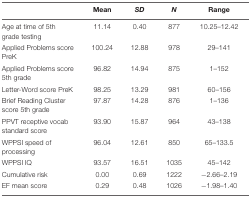
|  | Mean | SD | N | Range |
 | --- | --- | --- | --- | --- |
 | Age at time of 5th grade testing | 11.14 | 0.40 | 877 | 10.25–12.42 |
 | Applied Problems score PreK | 100.24 | 12.88 | 978 | 29–141 |
 | Applied Problems score 5th grade | 96.82 | 14.94 | 875 | 1–152 |
 | Letter-Word score PreK | 98.25 | 13.29 | 981 | 60–156 |
 | Brief Reading Cluster score 5th grade | 97.87 | 14.28 | 876 | 1–136 |
 | PPVT receptive vocab standard score | 93.90 | 15.87 | 964 | 43–138 |
 | WPPSI speed of processing | 96.04 | 12.61 | 850 | 65–133.5 |
 | WPPSI IQ | 93.57 | 16.51 | 1035 | 45–142 |
 | Cumulative risk | 0.00 | 0.69 | 1222 | -2.66–2.19 |
 | EF mean score | 0.29 | 0.48 | 1026 | -1.98–1.40 |